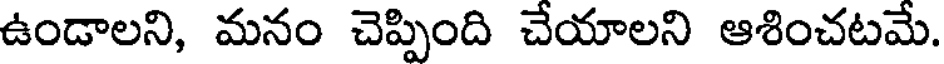
ఉండాలని, మనం చెప్పింది చేయాలని ఆశించటమే.